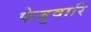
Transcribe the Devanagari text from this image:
फेब्रुवारि